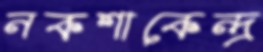
নকশাকেন্দ্র